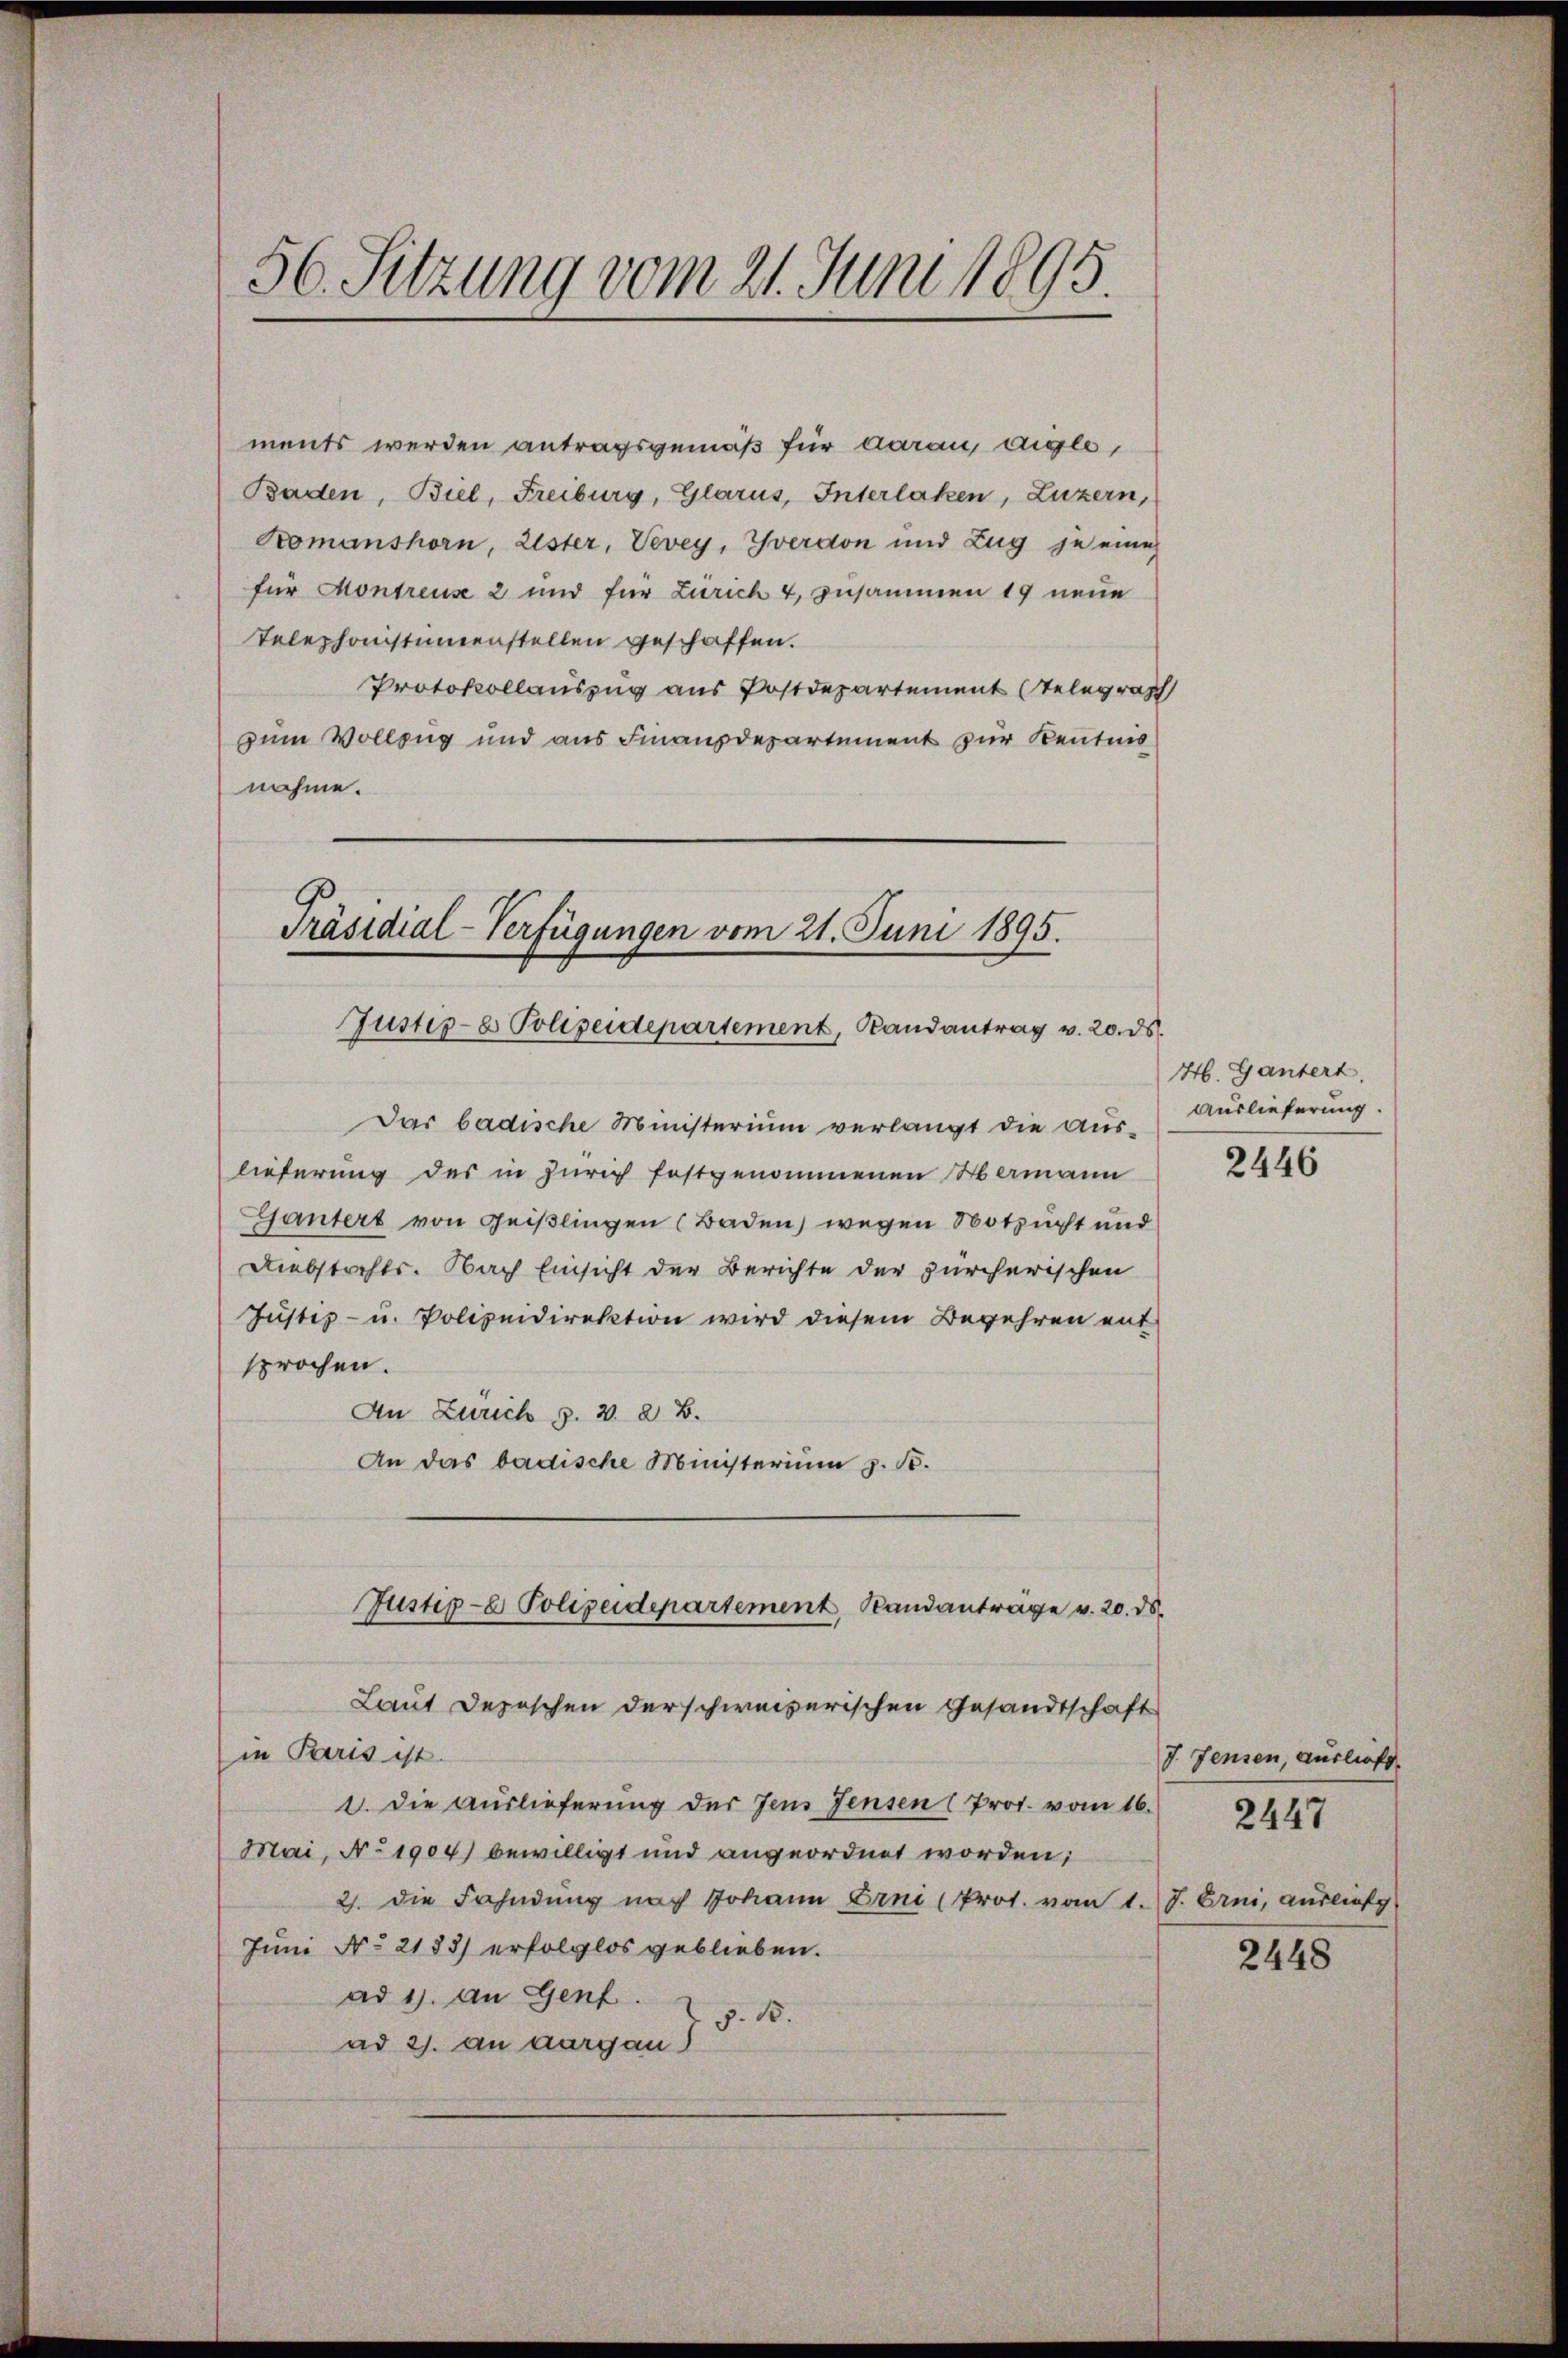
1
56. Sitzung vom 21. Juni 1893.

ments werden antragsgemäß für darau, Aigle,
Baden, Biel, Freiburg, Glarus, Interlaken, Luzern,
Komanshorn, Lister, Vevey, Yverdon und Zug je eine
für Montreuse 2 und für Zürich 4, zusammen 19 neue
Telephonistimmenstellen geschaffen.
Protokollauszug aus Postdepartement Telegraph
zum Vollzug und aus Finanzdepartement zur Kenntnis
nahme.

Präsidial-Verfügungen vom 21. Juni 1895.
Justiz- & Polizeidepartement, Landantrag v. 20. ds.

Das badische Ministerium verlangt die Aus-
lieferung des in Zürich festgenommenen Hermann
Gantert von Geißlingen (Baden) wegen Notzucht und
Diebstachts. Nach Einsicht der Berichte der zürcherischen
Justiz- u. Polizeidirektion wird diesem Begehren ent
sprochen.
An Zürich z. v. 8. B.
An das badische Ministerium z. B.
Justiz- & Polizeidepartement, Randanträge v. 20. ds.
Laut Deposchen derschweizerischen Gesandtschaft
in Paris ist.
1. Die Auslieferung der Jens Jensen Prot. vom 16.
Mai, No 1904) bewilligt und angeordnet worden;
2). Die Fahndung nach Johann Erni (Prot. vom 1. J. Erni, ausliefg
Juni No 2185) erfolglos geblieben.
ad 1. An Genf.
§. 15.
ad 2. an aargau)

H. Gantert,
Auslieferung.

2446

7. Jensen, ausliefe

2447

2448